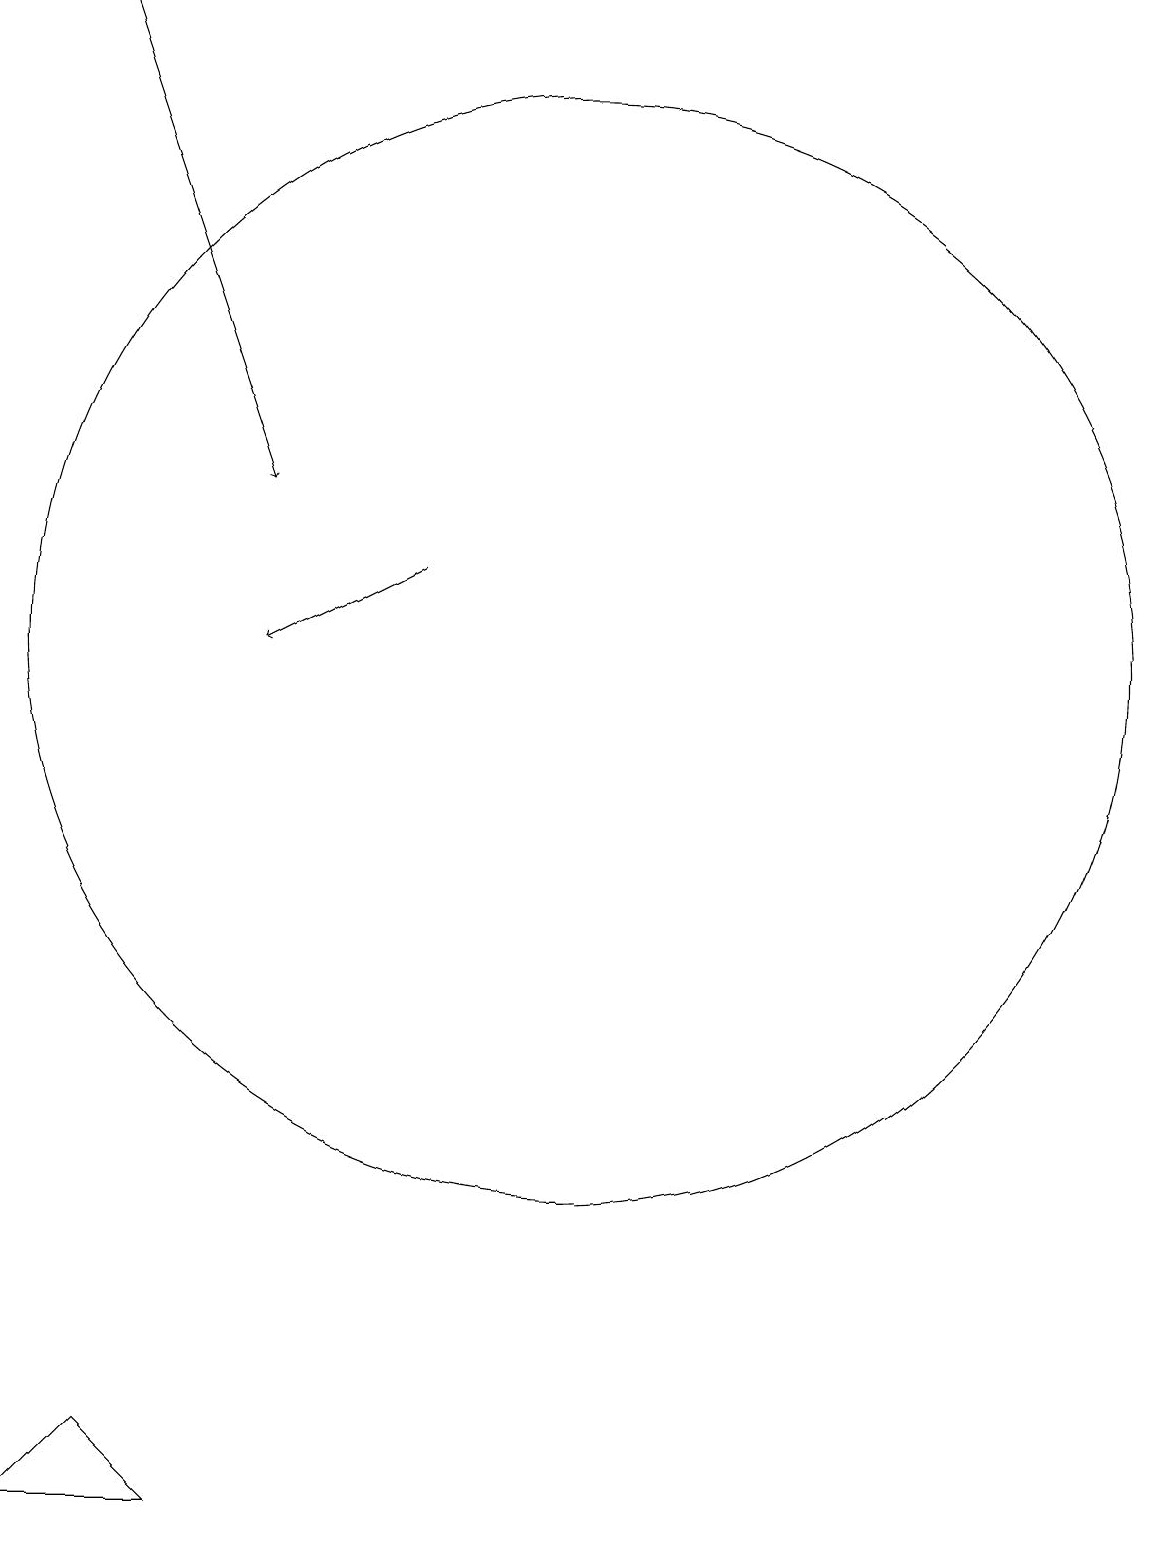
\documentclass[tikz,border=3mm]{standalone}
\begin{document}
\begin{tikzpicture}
\draw (6,0) -- (4,0) -- (5,1) -- cycle;
\draw (11,11) circle (7);
\draw[->] (9,12) -- (7,11);
\draw[->] (5,19) -- (7,13);
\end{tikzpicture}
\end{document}